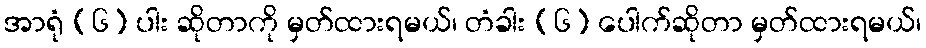
အာရုံ (၆) ပါး ဆိုတာကို မှတ်ထားရမယ်၊ တံခါး (၆) ပေါက်ဆိုတာ မှတ်ထားရမယ်၊